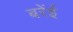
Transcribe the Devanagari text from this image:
बरेंई